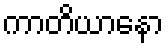
ကာတိယာနော